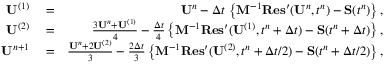
\begin{array} { r l r } { { \bf U } ^ { ( 1 ) } } & { { } = } & { { \bf U } ^ { n } - \Delta t \, \left\{ { \bf M } ^ { - 1 } { \bf R e s } ^ { \prime } ( { \bf U } ^ { n } , t ^ { n } ) - { \bf S } ( t ^ { n } ) \right\} , } \\ { { \bf U } ^ { ( 2 ) } } & { { } = } & { \frac { 3 { \bf U } ^ { n } + { \bf U } ^ { ( 1 ) } } { 4 } - \frac { \Delta t } { 4 } \left\{ { \bf M } ^ { - 1 } { \bf R e s } ^ { \prime } ( { \bf U } ^ { ( 1 ) } , t ^ { n } + \Delta t ) - { \bf S } ( t ^ { n } + \Delta t ) \right\} , } \\ { { \bf U } ^ { n + 1 } } & { { } = } & { \frac { { \bf U } ^ { n } + 2 { \bf U } ^ { ( 2 ) } } { 3 } - \frac { 2 \Delta t } { 3 } \left\{ { \bf M } ^ { - 1 } { \bf R e s } ^ { \prime } ( { \bf U } ^ { ( 2 ) } , t ^ { n } + \Delta t / 2 ) - { \bf S } ( t ^ { n } + \Delta t / 2 ) \right\} , } \end{array}